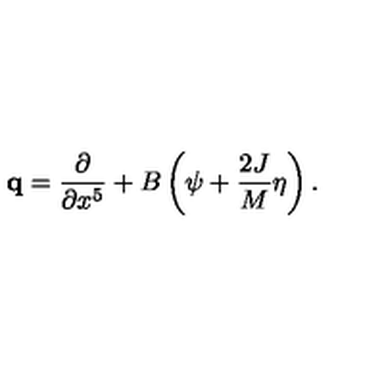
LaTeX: { \bf q } = { \frac { \partial } { \partial x ^ { 5 } } } + B \left( \psi + { \frac { 2 J } { M } } \eta \right) .